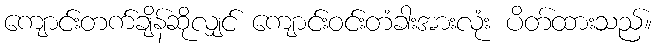
ကျောင်းတက်ချိန်ဆိုလျှင် ကျောင်းဝင်းတံခါးအားလုံး ပိတ်ထားသည်။